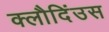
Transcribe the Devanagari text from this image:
क्लौदिंउस